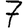
Digit: 7